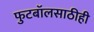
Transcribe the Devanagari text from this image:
फुटबॉलसाठीही